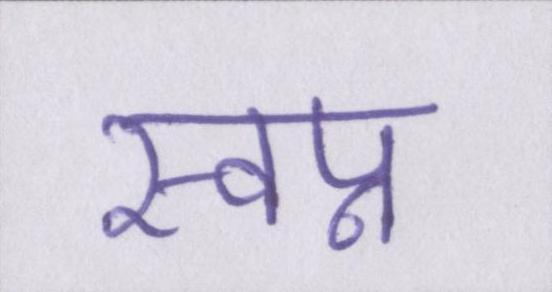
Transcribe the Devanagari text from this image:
स्वप्न